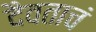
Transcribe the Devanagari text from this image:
दैवताचं